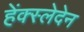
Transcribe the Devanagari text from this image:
हेंक्स्लेदेन